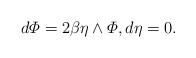
LaTeX: \begin{align*} d\varPhi=2\beta\eta\wedge\varPhi,d\eta=0. \end{align*}